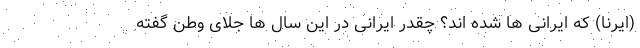
(ایرنا) که ایرانی ها شده اند؟ چقدر ایرانی در این سال ها جلای وطن گفته